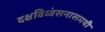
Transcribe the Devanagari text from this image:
दक्षविध्वंसनासमयी